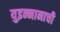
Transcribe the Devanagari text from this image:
युइन्नानाची